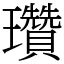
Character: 瓚